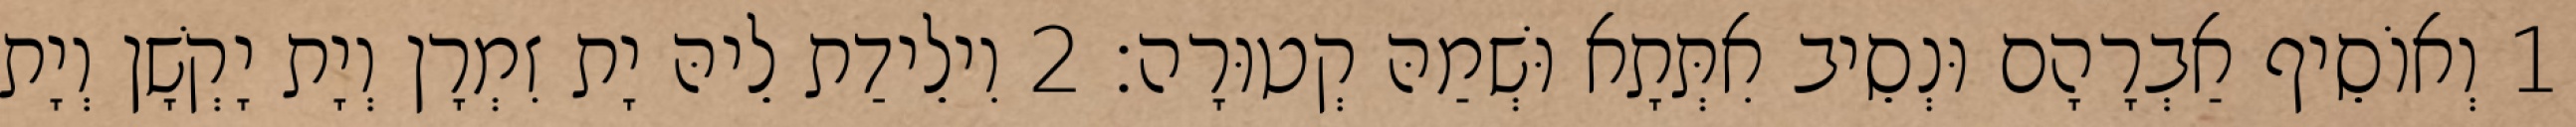
1 וְאוֹסֵיף אַבְרָהָם וּנְסֵיב אִתְּתָא וּשְׁמַהּ קְטוּרָה׃ 2 וִילֵידַת לֵיהּ יָת זִמְרָן וְיָת יָקְשָׁן וְיָת